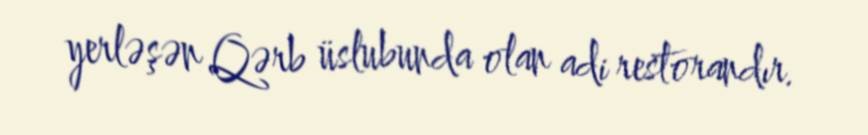
yerləşən Qərb üslubunda olan adi restorandır.